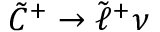
{ \tilde { C } } ^ { + } \rightarrow { \tilde { \ell } } ^ { + } \nu